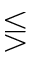
\lesseqgtr